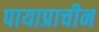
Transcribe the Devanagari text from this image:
पायाप्राचीन